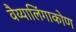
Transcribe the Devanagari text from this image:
वैय्यालिंगाकोण